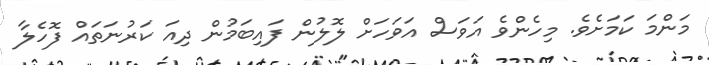
މަންމަ ކަމަށެވެ. މިހެންވެ އަވަސް އަވަހަށް ލޮލުން ފައިބަމުން ދިއަ ކަރުނަތައް ފޮހެލާ